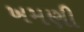
ખમણી